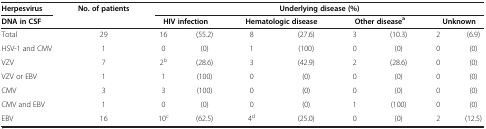
<table><thead><tr><td><b>Herpesvirus</b></td><td rowspan="2"><b>No. of patients</b></td><td colspan="8"><b>Underlying disease (%)</b></td></tr><tr><td><b>DNA in CSF</b></td><td colspan="2"><b>HIV infection</b></td><td colspan="2"><b>Hematologic disease</b></td><td colspan="2"><b>Other disease<sup>a</sup></b></td><td colspan="2"><b>Unknown</b></td></tr></thead><tbody><tr><td>Total</td><td>29</td><td>16</td><td>(55.2)</td><td>8</td><td>(27.6)</td><td>3</td><td>(10.3)</td><td>2</td><td>(6.9)</td></tr><tr><td>HSV-1 and CMV</td><td>1</td><td>0</td><td>(0)</td><td>1</td><td>(100)</td><td>0</td><td>(0)</td><td>0</td><td>(0)</td></tr><tr><td>VZV</td><td>7</td><td>2<sup>b</sup></td><td>(28.6)</td><td>3</td><td>(42.9)</td><td>2</td><td>(28.6)</td><td>0</td><td>(0)</td></tr><tr><td>VZV or EBV</td><td>1</td><td>1</td><td>(100)</td><td>0</td><td>(0)</td><td>0</td><td>(0)</td><td>0</td><td>(0)</td></tr><tr><td>CMV</td><td>3</td><td>3</td><td>(100)</td><td>0</td><td>(0)</td><td>0</td><td>(0)</td><td>0</td><td>(0)</td></tr><tr><td>CMV and EBV</td><td>1</td><td>0</td><td>(0)</td><td>0</td><td>(0)</td><td>1</td><td>(100)</td><td>0</td><td>(0)</td></tr><tr><td>EBV</td><td>16</td><td>10<sup>c</sup></td><td>(62.5)</td><td>4<sup>d</sup></td><td>(25.0)</td><td>0</td><td>(0)</td><td>2</td><td>(12.5)</td></tr></tbody></table>